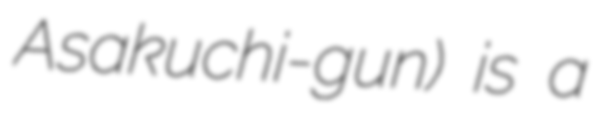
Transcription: Asakuchi-gun) is a